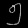
Digit: ၅